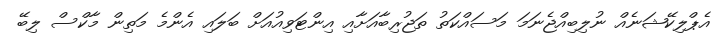
އެޕްލިކޭޝަނެއް ނުލިބިއްޖެނަމަ މަސައްކަތު ތަޖުރިބާއަށާއި އިންޓަވިއުއަށް ބަލައިި އެންމެ މަތިން މާކްސް ލިބޭ